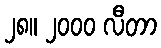
၂၈။ ၂၀၀၀ လီတာ